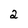
Character: 2